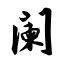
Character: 阑